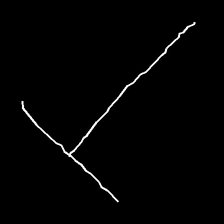
Glyph: column